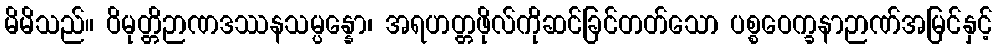
မိမိသည်။ ဝိမုတ္တိဉာဏဒဿနသမ္ပန္နော၊ အရဟတ္တဖိုလ်ကိုဆင်ခြင်တတ်သော ပစ္စဝေက္ခနာဉာဏ်အမြင်နှင့်